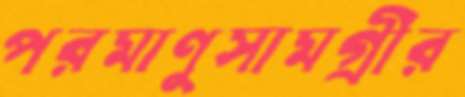
পরমাণুসামগ্রীর